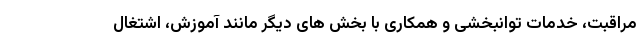
مراقبت، خدمات توانبخشی و همکاری با بخش های دیگر مانند آموزش، اشتغال